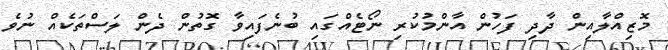
މޮޒިއްލާއިން ދާދި ފަހުން އާންމުކުރި ނޯޓެއްގައި ބުނެފައިވާ ގޮތުން ދެން ލަސްތަކެއް ނުވެ